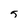
Character: 5